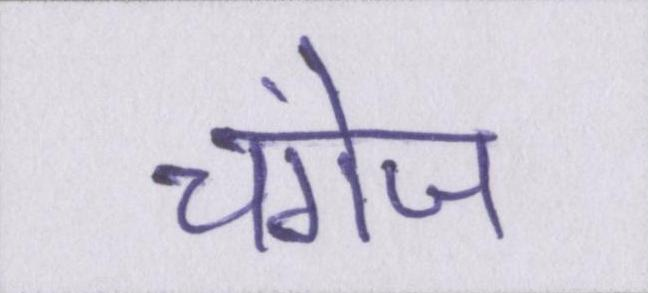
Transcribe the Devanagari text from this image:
चंगेज